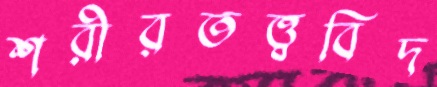
শরীরতত্ত্ববিদ